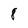
Character: 8